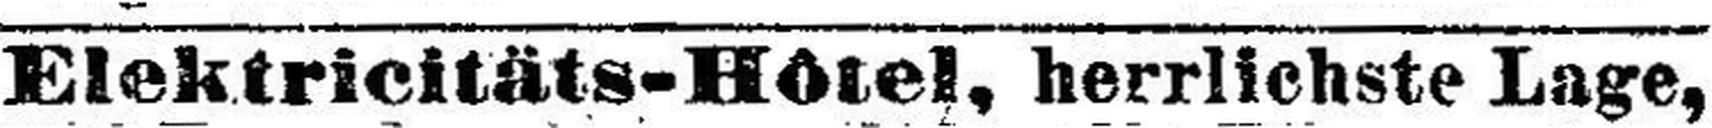
Elektricitäts-Hôtel, herrlichste Lage,